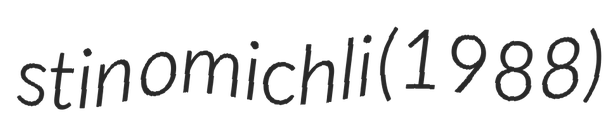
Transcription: stin omichli (1988)